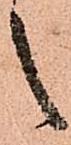
之